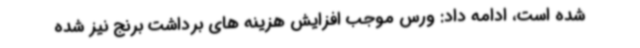
شده است، ادامه داد: ورس موجب افزایش هزینه های برداشت برنج نیز شده